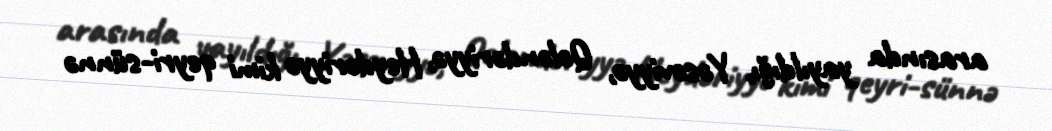
arasında yayıldığı, Yəsəviyyə, Qələndəriyyə, Heydəriyyə kimi qeyri-sünnə